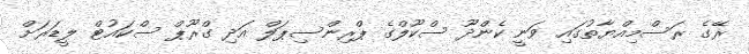
ރޭގެ ރަސްމިއްޔާތުގައި ވަނީ ކެންދޫ ސްކޫލްގެ ޕްރިންސިޕަލް އަދި ގްރޫޕް ސްކައުޓް ލީޑަރަށް